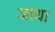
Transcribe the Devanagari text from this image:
जाधा